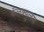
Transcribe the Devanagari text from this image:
कॅलक्युलस